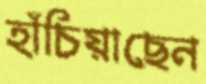
হাঁচিয়াছেন